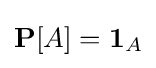
\mathbf {P} [A]=\mathbf {1} _{A}